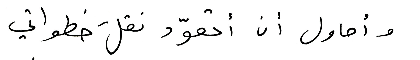
وأحاول أن أتعوّد نقلَ خطواتي